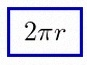
2\pi r